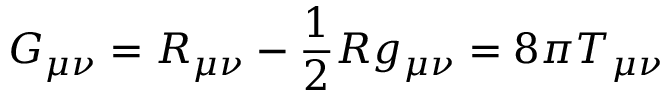
G _ { \mu \nu } = R _ { \mu \nu } - \frac { 1 } { 2 } R g _ { \mu \nu } = 8 \pi T _ { \mu \nu }